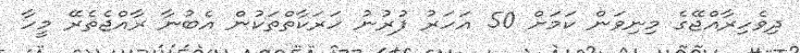
ދިވެހިރާއްޖޭގެ މިނިވަން ކަމަށް 50 އަހަރު ފުރުނު ހަރަކާތްތަކުން އެބުނާ ރާއްޖެތެރޭ މީހާ